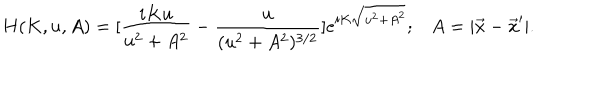
LaTeX: H ( K , u , A ) = [ \frac { i K u } { u ^ { 2 } + A ^ { 2 } } - \frac { u } { ( u ^ { 2 } + A ^ { 2 } ) ^ { 3 / 2 } } ] e ^ { i K \sqrt { u ^ { 2 } + A ^ { 2 } } } ; A = | \vec { x } - \vec { x } ^ { \prime } | .